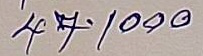
47 - 1000